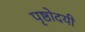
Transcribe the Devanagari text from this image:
पृष्ठोदयी